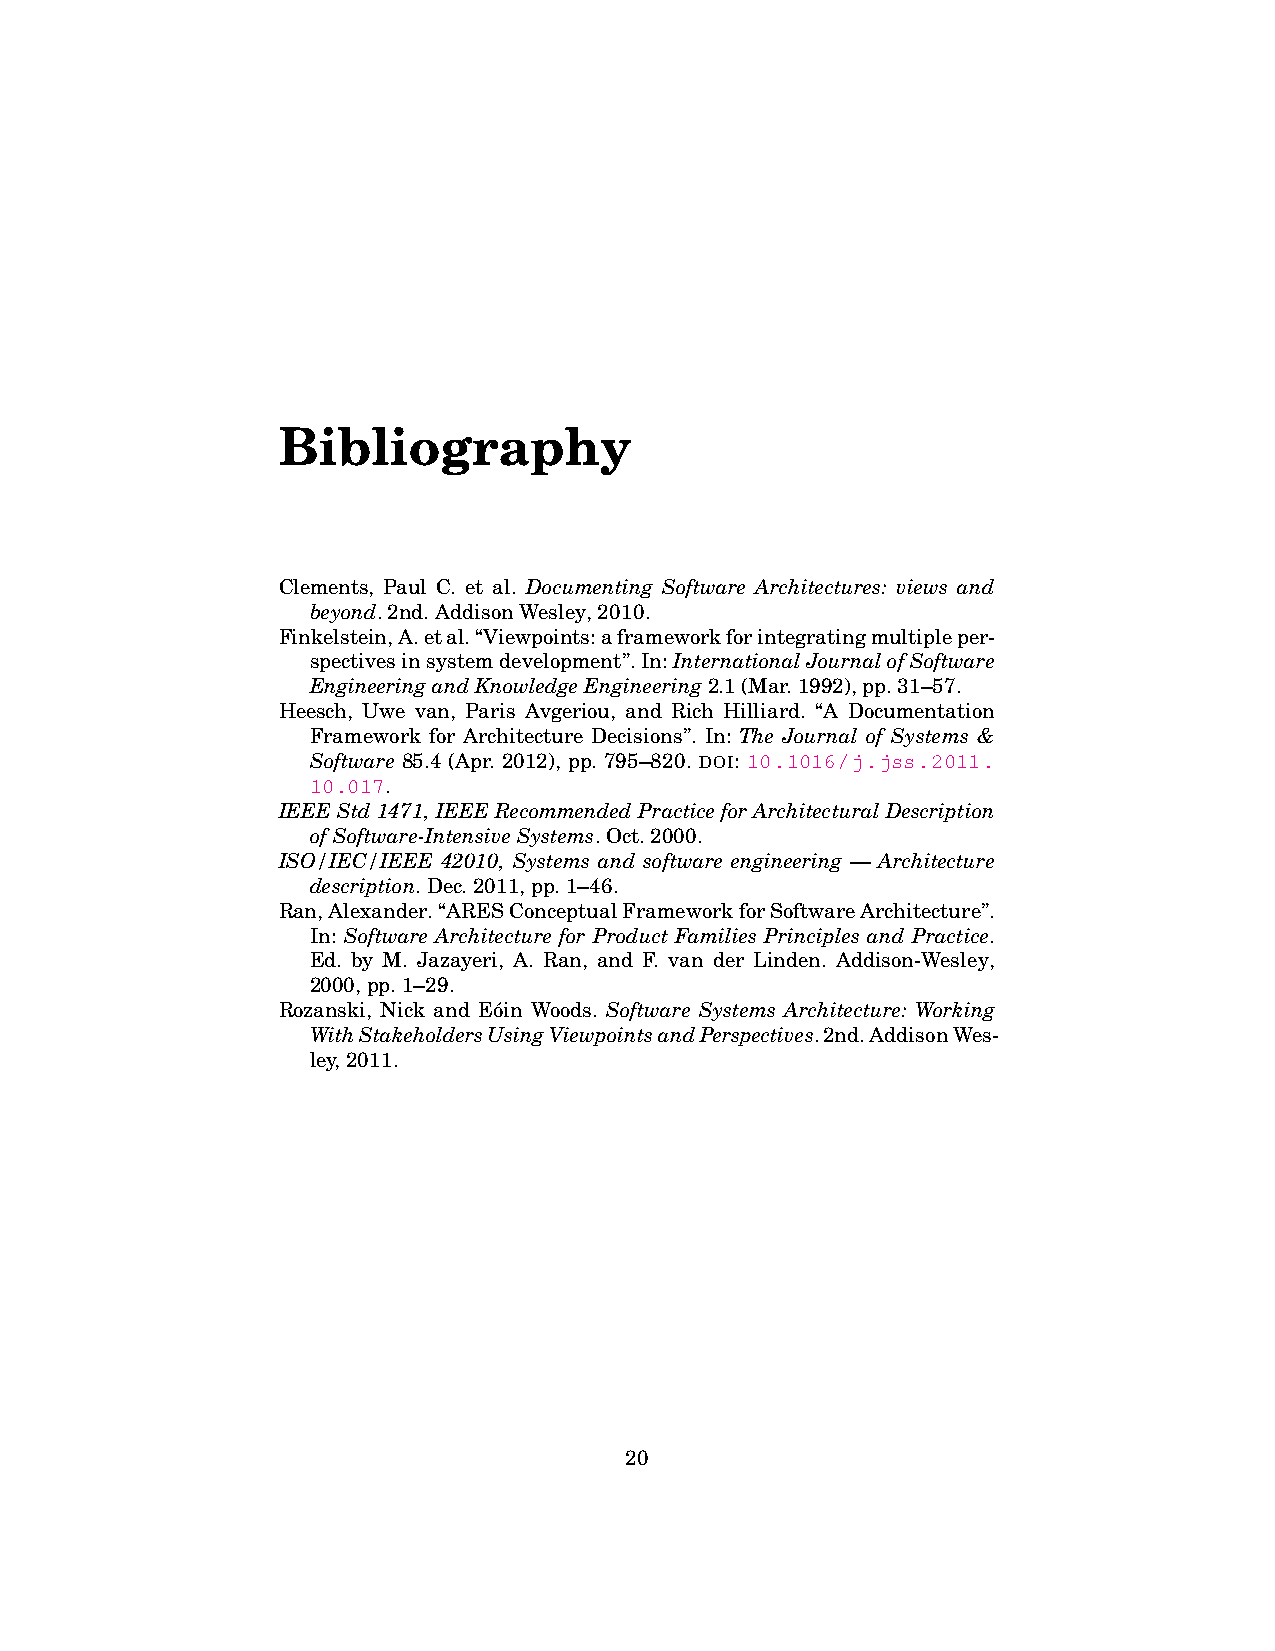
Bibliography
 Clements, Paul C. et al. Documenting Software Architectures: views and
 beyond.2nd.AddisonWesley,2010.
 Finkelstein,A.etal.“Viewpoints:aframeworkforintegratingmultipleper-
 spectivesinsystemdevelopment”.In:InternationalJournalofSoftware
 EngineeringandKnowledgeEngineering2.1(Mar.1992),pp.31–57.
 Heesch, Uwe van, Paris Avgeriou, and Rich Hilliard. “A Documentation
 Framework for Architecture Decisions”. In: The Journal of Systems &
 Software 85.4 (Apr. 2012), pp. 795–820. DOI: 10.1016/j.jss.2011.
 10.017.
 IEEEStd1471,IEEERecommendedPracticeforArchitecturalDescription
 ofSoftware-IntensiveSystems.Oct.2000.
 ISO/IEC/IEEE 42010, Systems and software engineering — Architecture
 description.Dec.2011,pp.1–46.
 Ran,Alexander.“ARESConceptualFrameworkforSoftwareArchitecture”.
 In: Software Architecture for Product Families Principles and Practice.
 Ed. by M. Jazayeri, A. Ran, and F. van der Linden. Addison-Wesley,
 2000,pp.1–29.
 Rozanski, Nick and Eo´in Woods. Software Systems Architecture: Working
 WithStakeholdersUsingViewpointsandPerspectives.2nd.AddisonWes-
 ley,2011.
 20